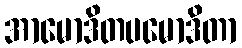
အာမောဒိတပမောဒိတာ